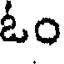
ఓం